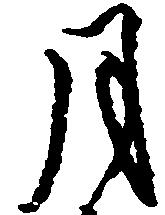
月